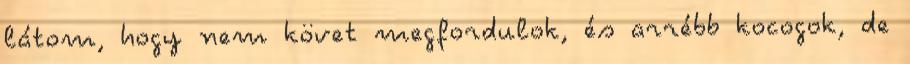
látom, hogy nem követ megfordulok, és arrébb kocogok, de